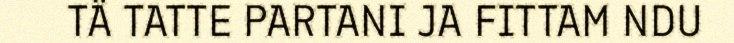
TÄ TATTE PARTANI JA FITTAM NDU